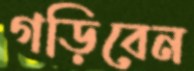
গড়িবেন